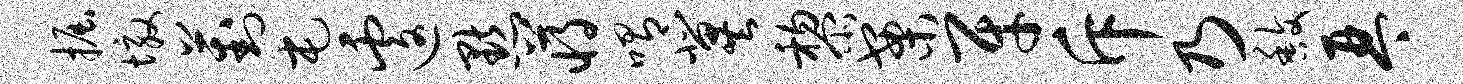
掘墩葑屯遽默蒋喟冀黎案牙斥乃馥琴